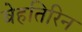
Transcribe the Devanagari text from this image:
बेहतिरिन